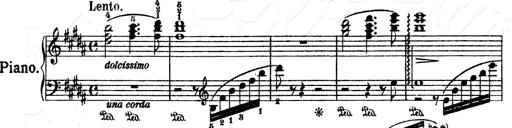
Title: O du mein holder Abendstern
Composer: Franz Liszt